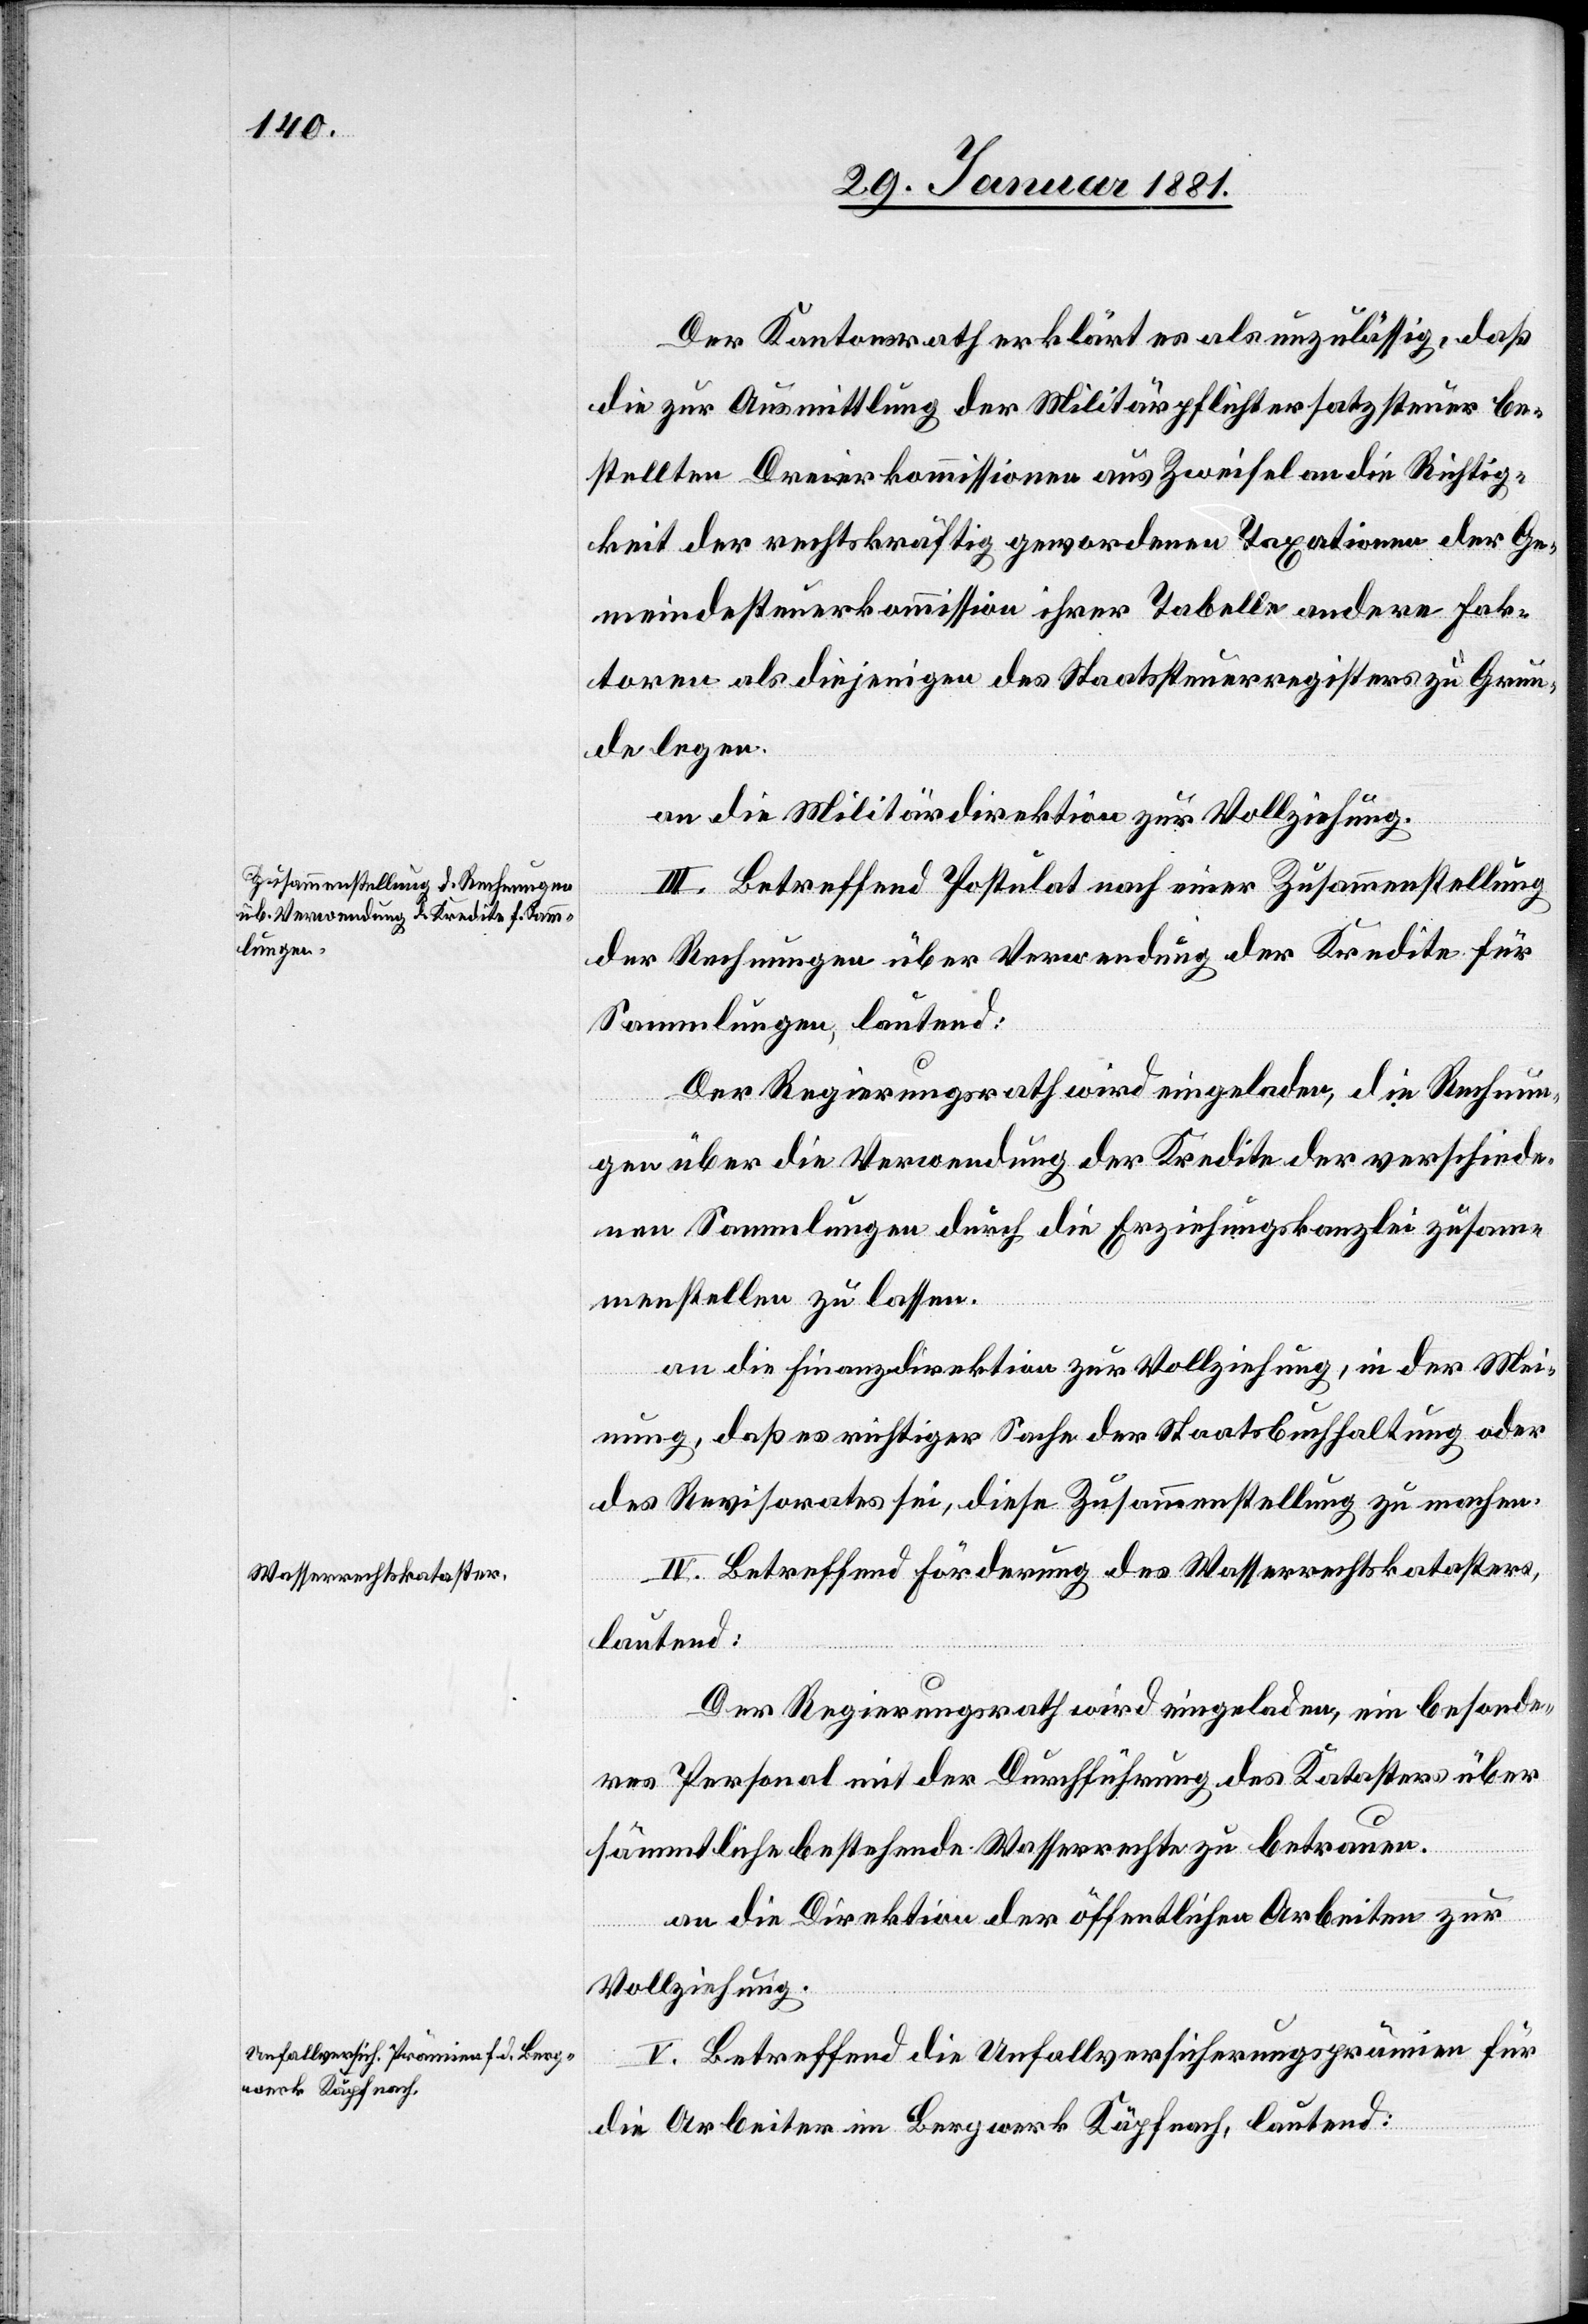
Der Kantonsrath erklärt es als unzulässig, daß
die zur Ausmittlung der Militärpflichtersatzsteuer be¬
stellten Dreierkommissionen aus Zweifel an die Richtig¬
keit der rechtskräftig gewordenen Taxationen der Ge¬
meindesteuerkommission ihrer Tabelle andere Fak¬
toren als diejenigen des Staatssteuerregisters zu Grun¬
de legen.
an die Militärdirektion zur Vollziehung.
III. Betreffend Postulat nach einer Zusammenstellung
der Rechnungen über Verwendung der Kredite für
Sammlungen, lautend:
Der Regierungsrath wird eingeladen, die Rechnun¬
gen über die Verwendung der Kredite der verschiede¬
nen Sammlungen durch die Erziehungskanzlei zusamm¬
enstellen zu lassen.
an die Finanzdirektion zur Vollziehung, in der Mei¬
nung, daß es richtiger Sache der Staatsbuchhaltung oder
des Revisorates sei, diese Zusammenstellung zu machen.
IV. Betreffend Förderung des Wasserrechtskatasters,
lautend:
Der Regierungsrath wird eingeladen, ein besonde¬
res Personal mit der Durchführung des Katasters über
sämmtliche bestehende Wasserrechte zu betrauen.
an die Direktion der öffentlichen Arbeiten zur
Vollziehung.
Betreffend die Unfallversicherungsprämien für
die Arbeiter im Bergwerk Käpfnach, lautend: